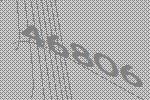
46806